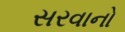
સરવાનો